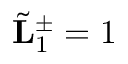
\tilde { \bf L } _ { 1 } ^ { \pm } = 1